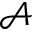
\mathcal { A }